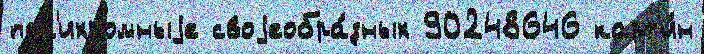
пол'ихромныjе своjеобра́зных 90248646 карт'и́н